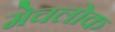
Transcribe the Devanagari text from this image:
मेचलोक